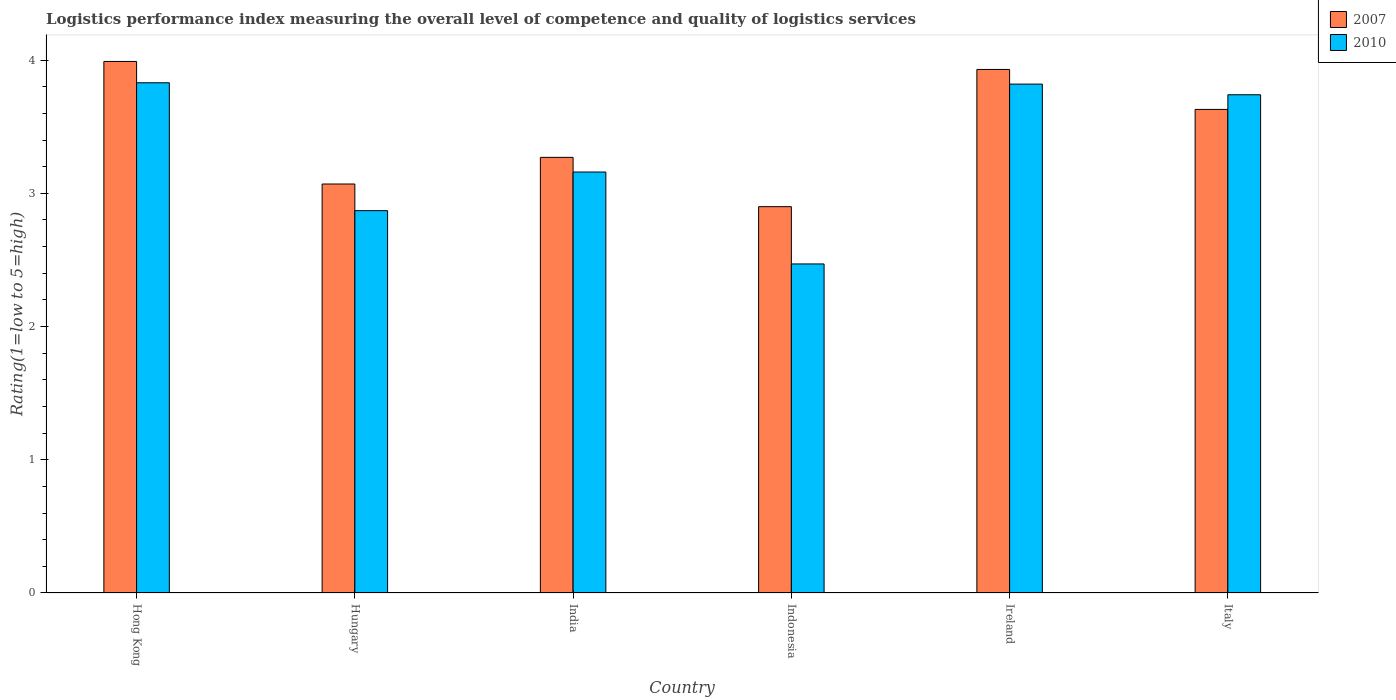
| Country | 2007 | 2010 |
 | --- | --- | --- |
 | Hong Kong | 3.99 | 3.83 |
 | Hungary | 3.07 | 2.87 |
 | India | 3.27 | 3.16 |
 | Indonesia | 2.9 | 2.47 |
 | Ireland | 3.93 | 3.82 |
 | Italy | 3.63 | 3.74 |